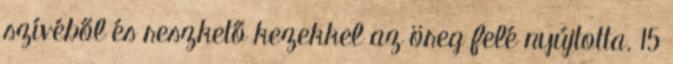
szívéből és reszkető kezekkel az öreg felé nyújtotta. 15